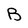
Character: B